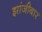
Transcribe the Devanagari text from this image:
झांजीबार